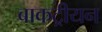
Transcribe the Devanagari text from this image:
बाकट्रीयन